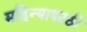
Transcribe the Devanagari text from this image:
महिन्याकाठी